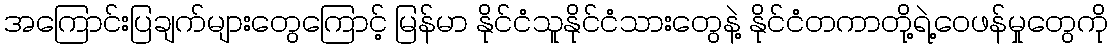
အကြောင်းပြချက်များတွေကြောင့် မြန်မာ နိုင်ငံသူနိုင်ငံသားတွေနဲ့ နိုင်ငံတကာတို့ရဲ့ဝေဖန်မှုတွေကို